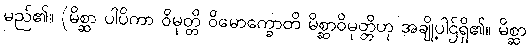
မည်၏။ (မိစ္ဆာ ပါပိကာ ဝိမုတ္တိ ဝိမောက္ခောတိ မိစ္ဆာဝိမုတ္တိဟု အချို့ပါဌ်ရှိ၏။ မိစ္ဆာ